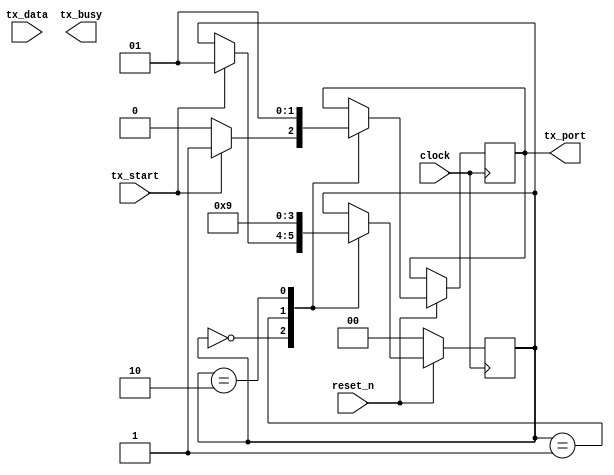
module ir_transmitter(
  input wire [31:0] tx_data,
  input wire tx_start,
  input wire clock,
  input wire reset_n,
  output reg tx_port = 1,
  output reg tx_busy
  );
  
//params
  localparam
  IDLE  = 2'b00,
  WAIT0 = 2'b01,
  WAIT1 = 2'b10;
  reg [1:0] state;

 //function
  always @ (posedge clock) begin
    if (~reset_n) begin
      state <= IDLE;
    end
    else begin
      case(state)
        IDLE: begin
          tx_port <= 0;
          if (tx_start) begin
            tx_port <= 1;
            state <= WAIT0;
          end
          else begin
            tx_port <= 0;
          end          
        end
        WAIT0: begin
          tx_port <= 0;
          state <= WAIT1;
        end
        WAIT1: begin
          tx_port <= 1;
          state <= WAIT0;
        end
      endcase
    end
  end
endmodule

module ir_receiver(
  input wire clock,
  input wire reset_n,
  input wire rx_enable,
  input wire rx_port,
  output reg rx_receiver,
  output reg [31:0] rx_data
);
endmodule

module ir_transceiver(
  input wire [31:0] tx_data,
  input wire tx_start,
  input wire clock,
  input wire reset_n,
  input wire rx_enable,
  input wire rx_port,
  output wire rx_receiver,
  output wire [31:0] rx_data,
  output wire tx_port,
  output wire tx_busy
);
  ir_transmitter inst1(
    .clock(clock),
    .tx_data(tx_data),
    .tx_start(tx_start),
    .reset_n(reset_n),
    .tx_port(tx_port),
    .tx_busy(tx_busy)
  );
  ir_receiver inst2(
    .clock(clock),
    .reset_n(reset_n),
    .rx_enable(rx_enable),
    .rx_port(rx_port),
    .rx_receiver(rx_receiver),
    .rx_data(rx_data)
  );
        
    initial begin
        $dumpfile("module_output.vcd");
        $dumpvars;

    end       
endmodule